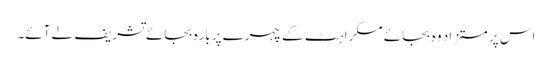
اس پر مستزاد وہ بجائے مسکراہٹ کے چہرے پر بارہ بجائے تشریف لے آئے۔